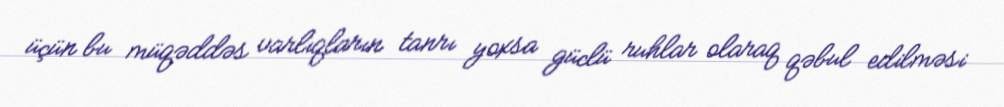
üçün bu müqəddəs varlıqların tanrı yoxsa güclü ruhlar olaraq qəbul edilməsi